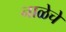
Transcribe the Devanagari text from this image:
नाळेचे